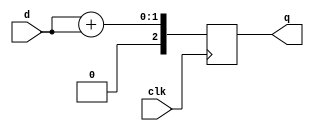
module basicreg_1 ( clk, d, q);
input clk, d;
output [2:0] q;
reg [2:0] q;
always @(posedge clk)
  begin
	q <= d + d;
  end
endmodule